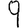
Digit: 9